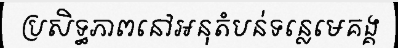
ប្រសិទ្ធភាពនៅអនុតំបន់ទន្លេមេគង្គ